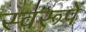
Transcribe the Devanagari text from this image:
स्वरूपें